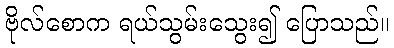
ဗိုလ်စောက ရယ်သွမ်းသွေး၍ ပြောသည်။